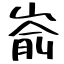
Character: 嵛